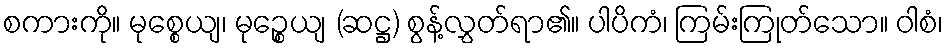
စကားကို။ မုစ္စေယျ၊ မုဉ္စေယျ (ဆဋ္ဌ) စွန့်လွှတ်ရာ၏။ ပါပိကံ၊ ကြမ်းကြုတ်သော။ ဝါစံ၊